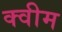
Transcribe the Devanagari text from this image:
क्वीम